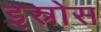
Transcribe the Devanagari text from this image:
इस्रोस